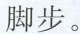
脚步。